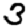
Digit: 3